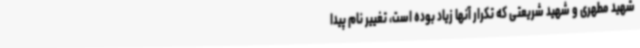
شهید مطهری و شهید شریعتی که تکرار آنها زیاد بوده است، تغییر نام پیدا